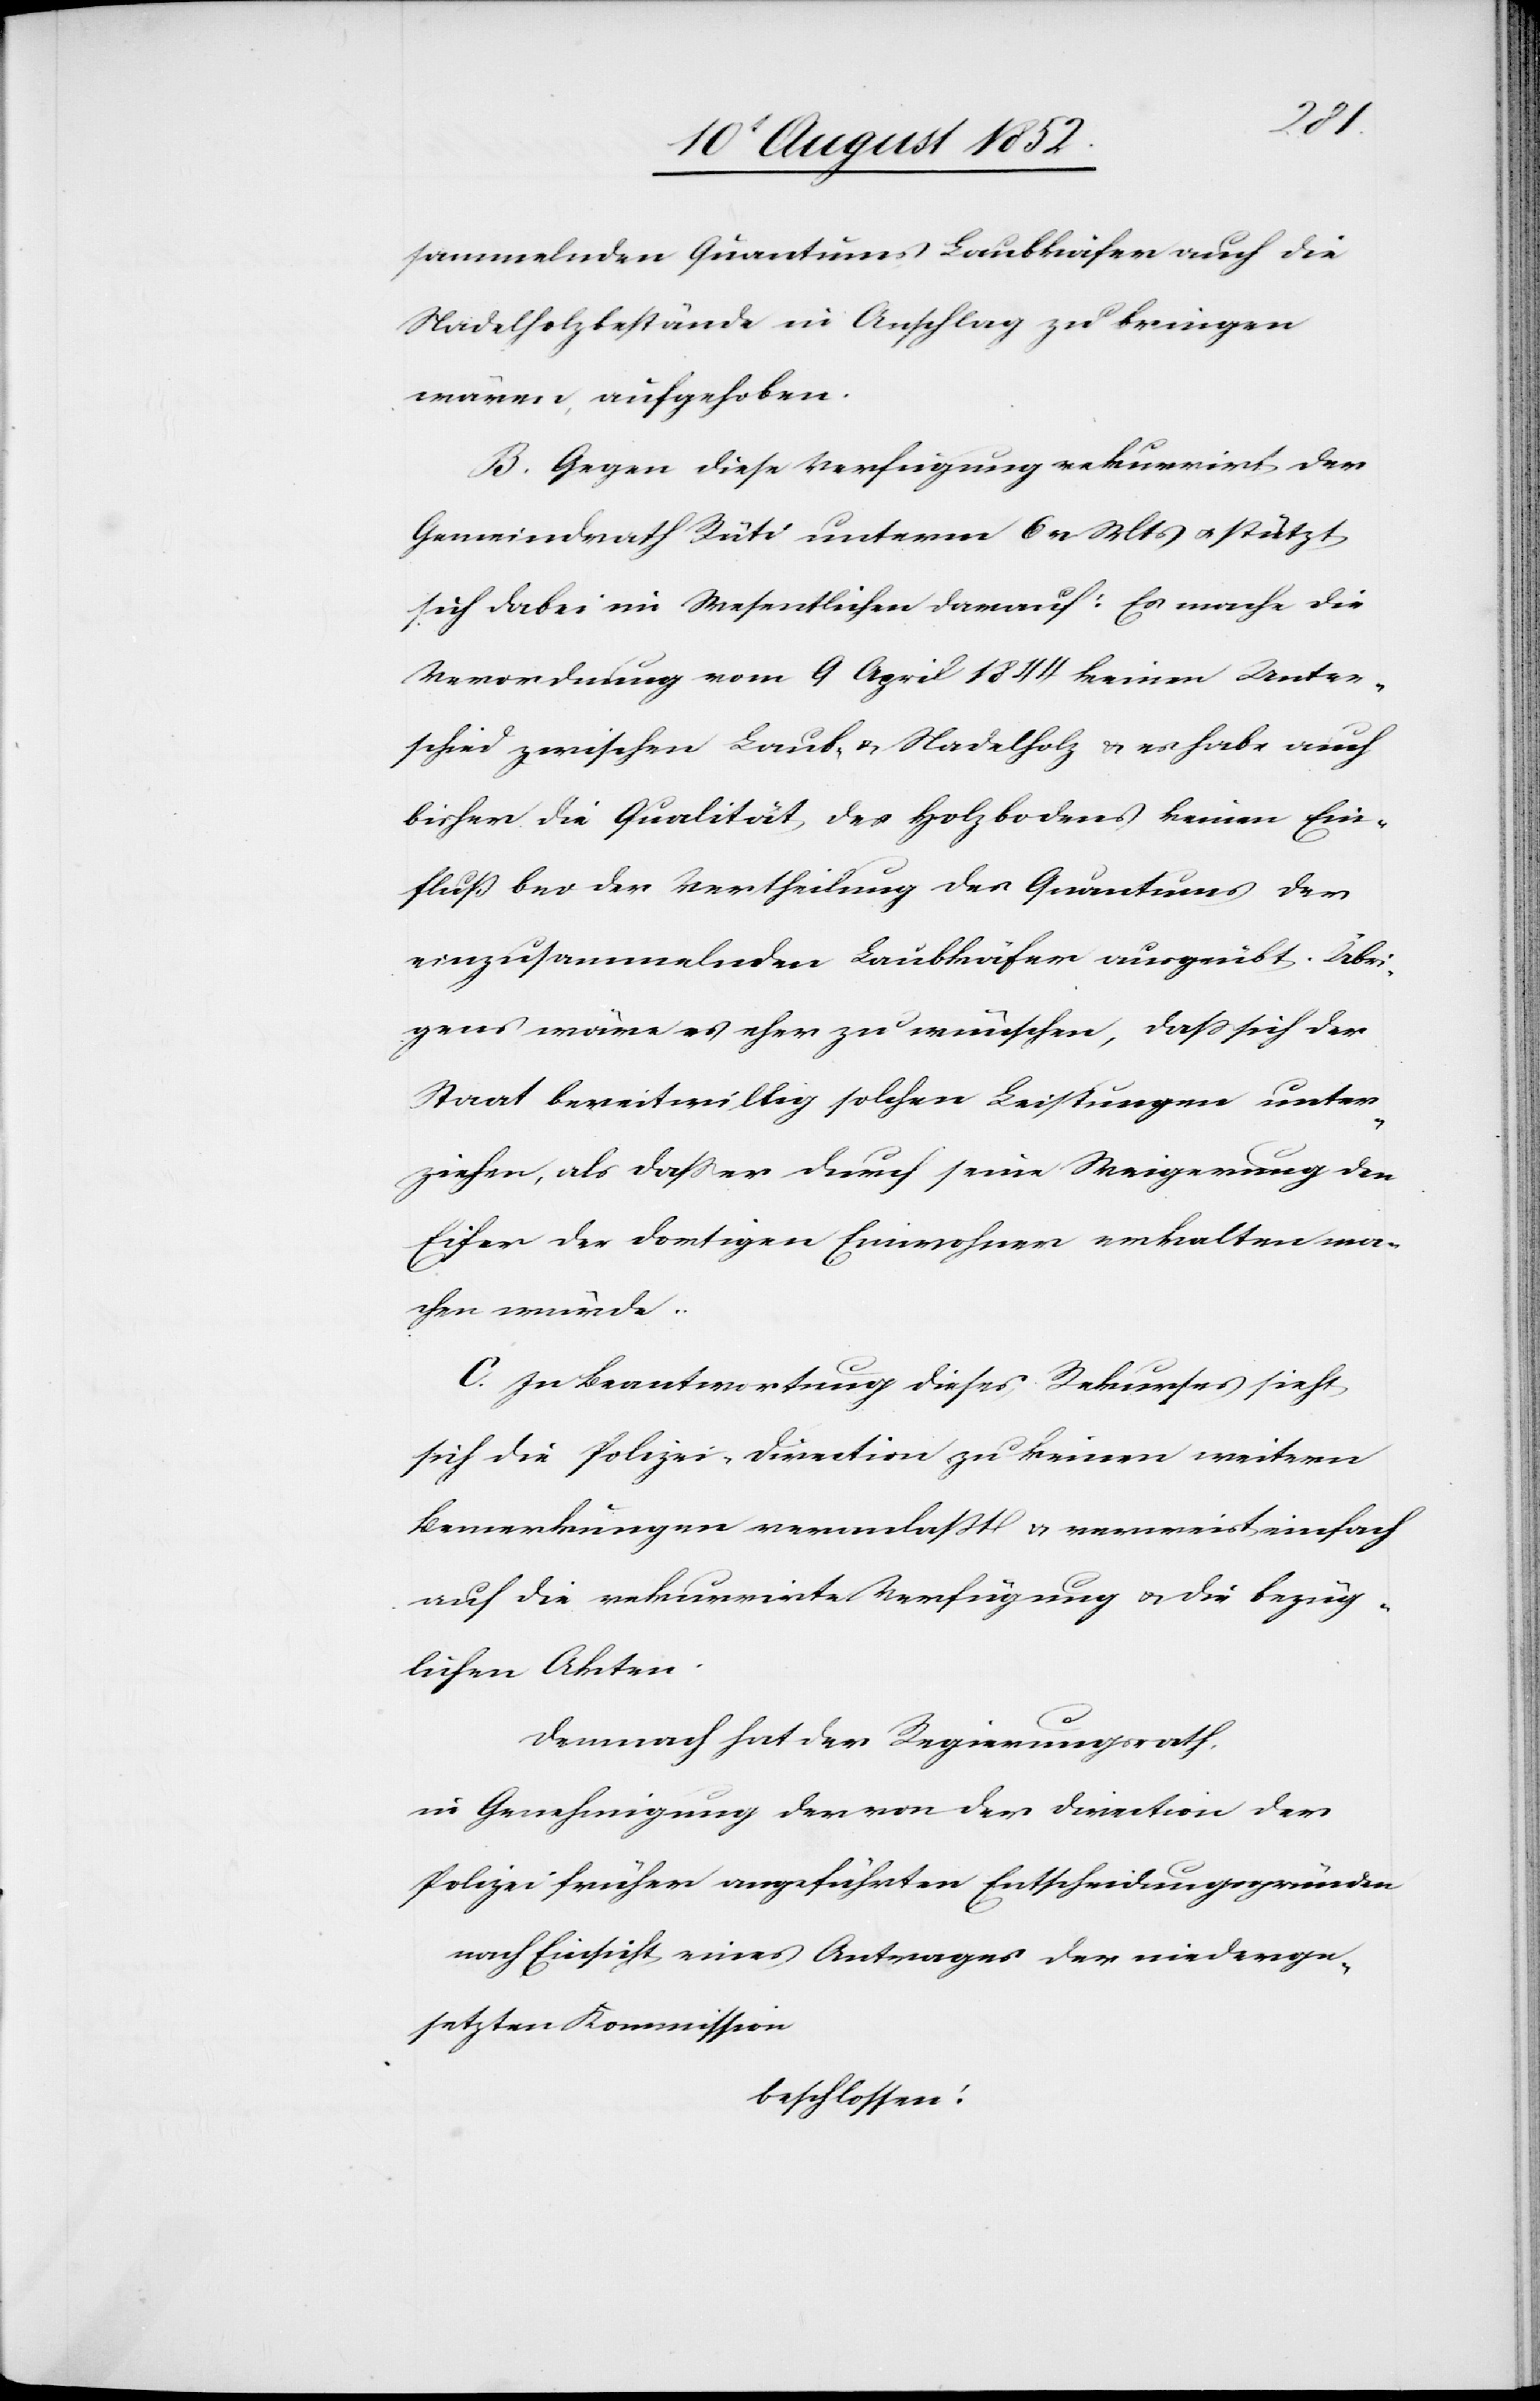
sammelnden Quantums Laubkäfer auch die
Nadelholzbestände in Anschlag zu bringen
wären, aufgehoben.
B. Gegen diese Verfügung rekurrirt der
Gemeindrath Rüti unterm 6 v Mts & stützt
sich dabei im Wesentlichen darauf: Es mache die
Verordnung vom 9 April 1844 keinen Unter¬
schied zwischen Laub- & Nadelholz & es habe auch
bisher die Qualität des Holzbodens keinen Ein¬
fluß bei der Vertheilung des Quantums der
einzusammelnden Laubkäfer ausgeübt. Übri¬
gens wäre es eher zu wünschen, dass sich der
Staat bereitwillig solchen Leistungen unter¬
ziehen, als dass er durch seine Weigerung den
Eifer der dortigen Einwohner erkalten ma¬
chen würde.
C. In Beantwortung dieses Rekurses sieht
sich die Polizei-Direction zu keinen weitern
Bemerkungen veranlaßt & verweist einfach
auf die rekurrirte Verfügung & die bezüg¬
lichen Akten.
Demnach hat der Regierungsrath,
in Genehmigung der von der Direction der
Polizei früher angeführten Entscheidungsgründen
nach Einsicht eines Antrages der niederge¬
setzten Kommission
beschlossen: